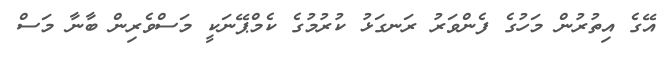
އޭގެ އިތުރުން މަހުގެ ފެންވަރު ރަނގަޅު ކުރުމުގެ ކެމްޕޭނަކީ މަސްވެރިން ބާނާ މަސް